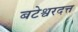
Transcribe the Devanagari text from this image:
बटेश्वरदत्त